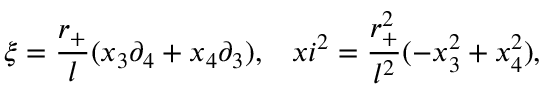
\xi = \frac { r _ { + } } { l } ( x _ { 3 } \partial _ { 4 } + x _ { 4 } \partial _ { 3 } ) , \ \ \, x i ^ { 2 } = \frac { r _ { + } ^ { 2 } } { l ^ { 2 } } ( - x _ { 3 } ^ { 2 } + x _ { 4 } ^ { 2 } ) ,